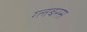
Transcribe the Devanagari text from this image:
ग्लबरस